Punjab Mental Hospital Lahore 1922-31 - 1922-1931
Year: 1922
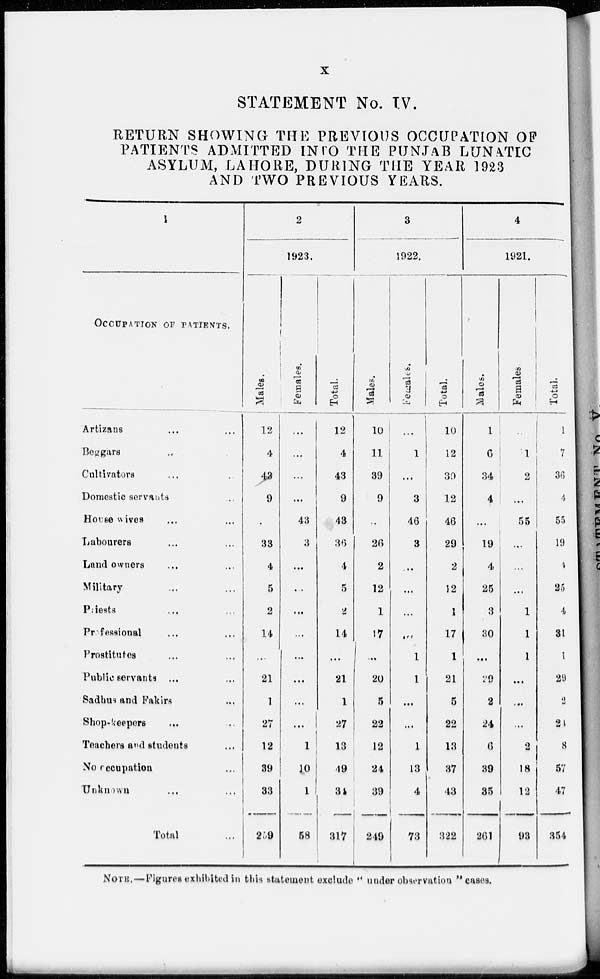
x
STATEMENT No. IV.
RETURN SHOWING THE PREVIOUS OCCUPATION OF
PATIENTS ADMITTED INTO THE PUNJAB LUNATIC
ASYLUM, LAHORE, DURING THE YEAR 1923
AND TWO PREVIOUS YEARS.
1
OCCUPATION OF PATIENTS.
Artizans ... ...
Beggars ... ...
Cultivators ... ...
Domestic servants ...
House wives ... ...
Labourers ... ...
Land owners ... ...
Military ... ...
Paiests ... ...
Professional ... ...
Prostitutes ... ...
Public servants ... ...
Sadhus and Fakirs ... ...
Shop-keepers
... ...
Teachers and students ...
No occupation ...
Unknown ... ...
Total ...
2
1923.
Males.
12
4
43
9
...
33
4
5
2
14
...
21
1
27
12
39
33
259
Females.
...
...
...
...
43
3
...
...
...
...
...
...
...
...
1
10
1
58
Total.
12
4
43
9
43
36
4
5
2
14
...
21
1
27
13
49
34
317
3
1922.
Males.
10
11
39
9
...
26
2
12
1
17
...
20
5
22
12
24
39
249
Females.
...
1
...
3
46
3
...
...
...
...
1
1
...
...
1
13
4
73
Total.
10
12
39
12
46
29
2
12
1
17
1
21
5
22
13
37
43
322
4
1921.
Males.
1
6
34
4
...
19
4
25
3
30
...
29
2
24
6
39
35
261
Females.
...
1
2
...
55
...
...
...
1
1
1
...
...
...
2
18
12
93
Total.
1
7
36
4
55
19
4
25
4
31
1
29
2
24
8
57
47
354
NOTE.—Figures exhibited in this statement exclude " under observation "cases.